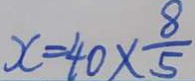
x = 4 0 \times \frac { 8 } { 5 }